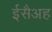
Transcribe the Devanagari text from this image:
ईसैअह